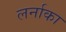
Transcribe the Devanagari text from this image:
लर्नाका